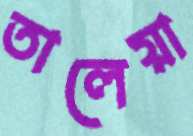
তালেয়া